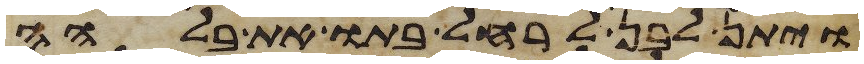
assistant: ויתן לבן לרחל בתו את בלהה